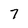
Character: 7